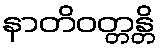
နာတိဝတ္တန္တိ